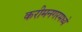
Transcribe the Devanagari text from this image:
करीमनगरमध्ये